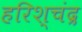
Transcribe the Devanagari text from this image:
हरिश्‍चंद्र